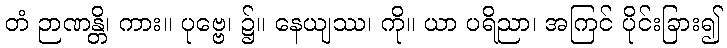
တံ ဉာဏန္တိ၊ ကား။ ပုဗ္ဗေ၊ ၌။ နေယျဿ၊ ကို။ ယာ ပရိညာ၊ အကြင် ပိုင်းခြား၍